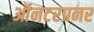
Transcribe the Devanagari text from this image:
ऑनटरप्रनर